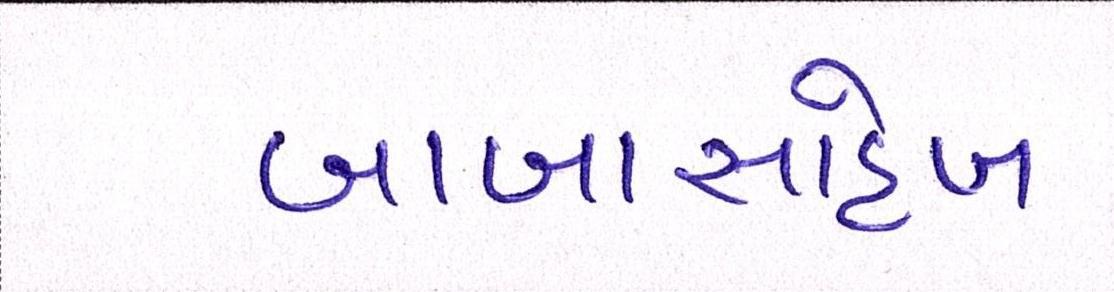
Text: બાબાસાહેબ